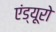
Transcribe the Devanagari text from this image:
एंड्यूरो